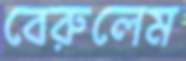
বেরুলেম